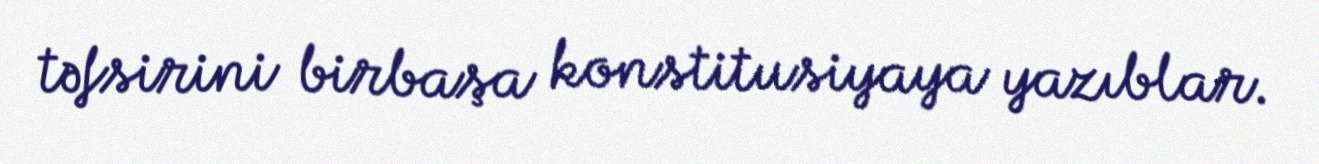
təfsirini birbaşa konstitusiyaya yazıblar.